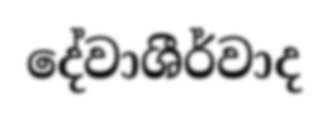
දේවාශීර්වාද